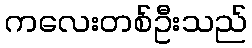
ကလေးတစ်ဦးသည်